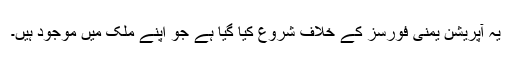
یہ آپریشن یمنی فورسز کے خلاف شروع کیا گیا ہے جو اپنے ملک میں موجود ہیں۔